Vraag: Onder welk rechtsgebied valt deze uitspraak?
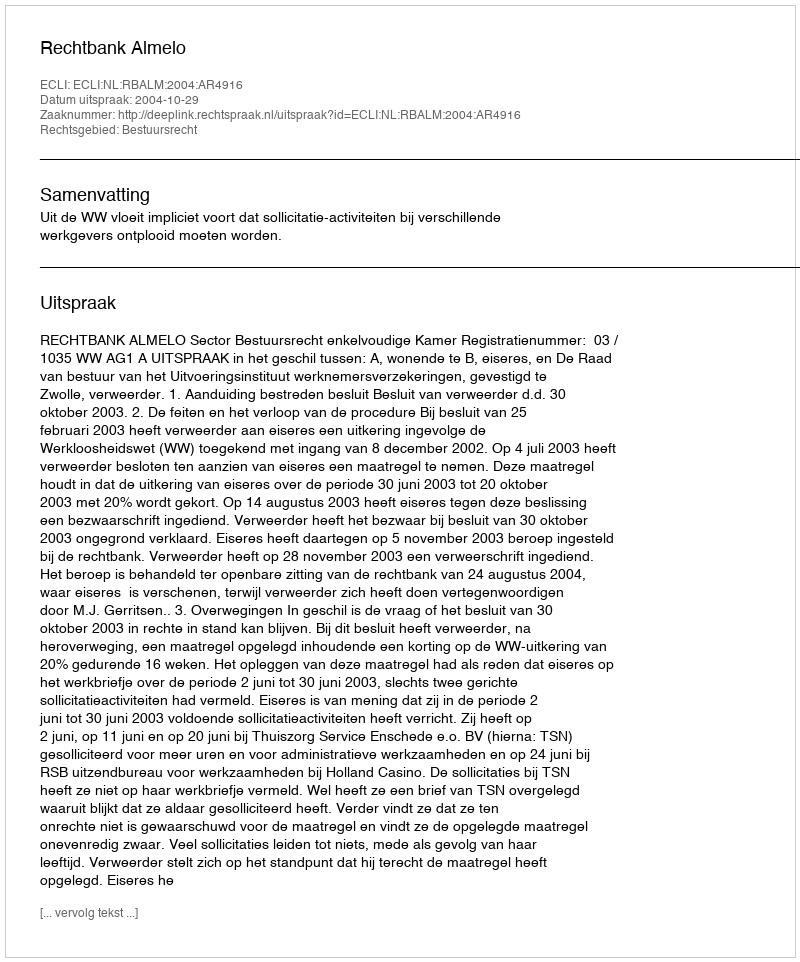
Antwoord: Bestuursrecht